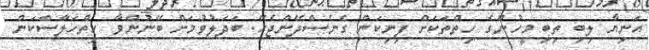
އަނިޔާ ލިބި ތިބި މީހުންގެ ހިތްތަކަށް ފިނިކަން ގެނެސްދޭންޖެހޭ. ބަދަލުވުމަށް ބޭނުންވާ ހިތްހަލާސްކަން